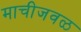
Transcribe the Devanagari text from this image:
माचीजवळ